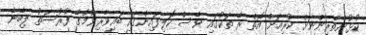
ކުޅުންތެރިންނަށް ކުރިއަށް އޮތް ރޭ ތަކުގައި ވެސް ކޮލިފައިންގައި ބައިވެރިވުމުގެ ފުރުސަތު ލިބޭނެ